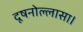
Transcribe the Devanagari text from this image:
दूषनोल्लासा।